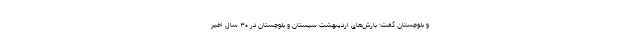
و بلوچستان گفت: بارش‌های اردیبهشت سیستان و بلوچستان در ۳۰ سال اخیر